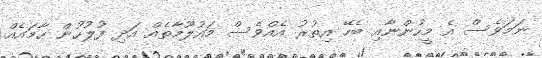
ނަމަވެސް އެ މީހުންނާއި ބެހޭ އިތުރު އެއްވެސް މައުލޫމާތެއް އަދި ފުލުހުން ހާމައެއް